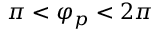
\pi < \varphi _ { p } < 2 \pi